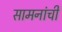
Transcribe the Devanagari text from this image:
सामनांची